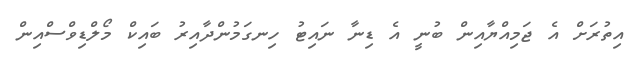
އިތުރަށް އެ ޖަމިއްޔާއިން ބުނީ އެ ޑިނާ ނައިޓު ހިނގަމުންދާއިރު ބައިކް މޯލްޑިވްސްއިން